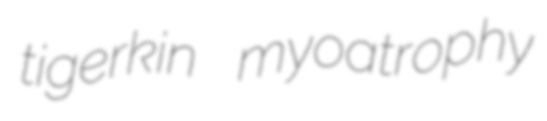
tigerkin myoatrophy